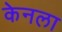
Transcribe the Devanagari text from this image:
केनला